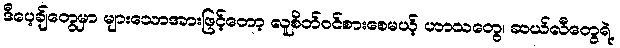
ဒီပေ့ချ်တွေမှာ များသောအားဖြင့်တော့ လူစိတ်ဝင်စားစေမယ့် ဟာသတွေ၊ ဆယ်လီတွေရဲ့